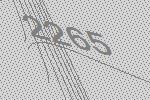
2265